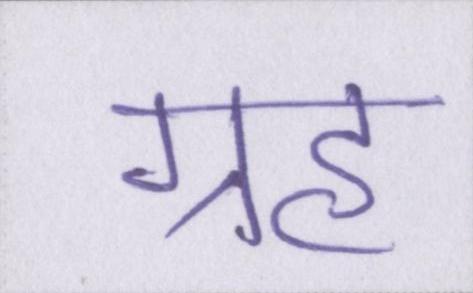
ग्रह